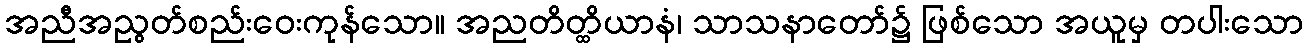
အညီအညွတ်စည်းဝေးကုန်သော။ အညတိတ္ထိယာနံ၊ သာသနာတော်၌ ဖြစ်သော အယူမှ တပါးသော